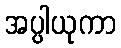
အပ္ပါယုကာ